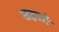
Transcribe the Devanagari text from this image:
सहलो